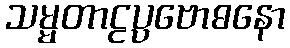
သမ္မတာဠပ္ပဗောဓနော